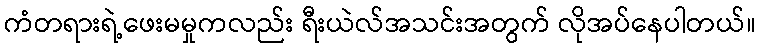
ကံတရားရဲ့ဖေးမမှုကလည်း ရီးယဲလ်အသင်းအတွက် လိုအပ်နေပါတယ်။